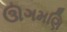
ઊગમણિ